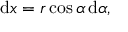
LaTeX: \mathrm { d } x = r \cos \alpha \, \mathrm { d } \alpha ,